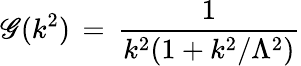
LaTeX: \mathscr{G}(k^{2})\, =\, \frac{{1}}{{k^{2}(1+k^{2}/\Lambda^{2})}}